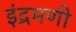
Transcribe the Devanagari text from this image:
इंद्रमणी